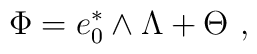
\Phi = e_0^* \wedge \Lambda + \Theta~,